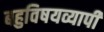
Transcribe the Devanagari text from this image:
बहुविषयव्यापी